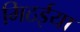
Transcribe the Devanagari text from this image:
मिठईया